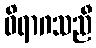
ဝိရာဂသညီ